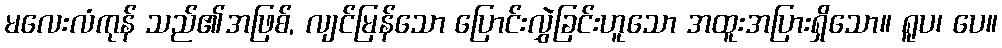
မလေးလံကုန် သည်၏အဖြစ်, လျင်မြန်သော ပြောင်းလွှဲခြင်းဟူသော အထူးအပြားရှိသော။ ရူပ၊ ပေ။